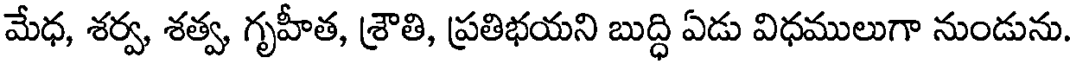
మేధ, శర్వ, శత్వ, గృహీత, శ్రౌతి, ప్రతిభయని బుద్ధి ఏడు విధములుగా నుండును.